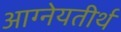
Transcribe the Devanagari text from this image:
आग्नेयतीर्थ